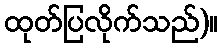
ထုတ်ပြလိုက်သည်)။